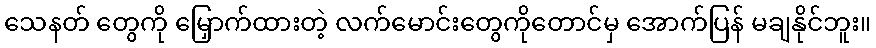
သေနတ် တွေကို မြှောက်ထားတဲ့ လက်မောင်းတွေကိုတောင်မှ အောက်ပြန် မချနိုင်ဘူး။